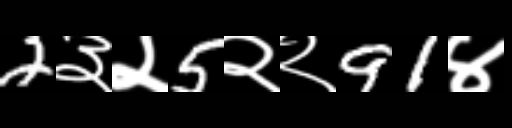
Text: 2३२5२२91४